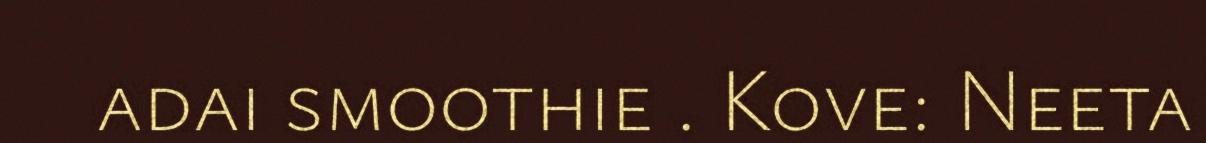
adai smoothie . Kove: Neeta